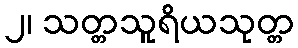
၂၊ သတ္တသူရိယသုတ္တ